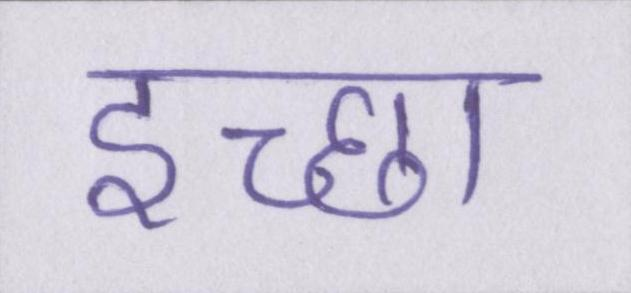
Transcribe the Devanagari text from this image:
इच्छा